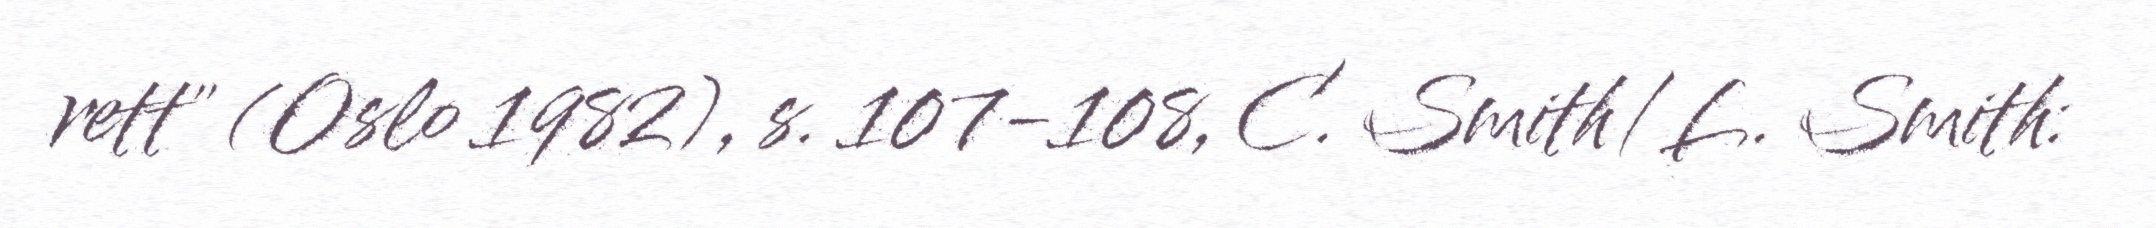
rett" (Oslo 1982), s. 107-108, C. Smith/L. Smith: